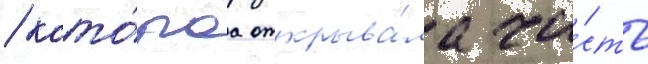
/ кото́раа открыва́ла ча́сть